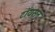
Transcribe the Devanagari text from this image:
टॉयसन